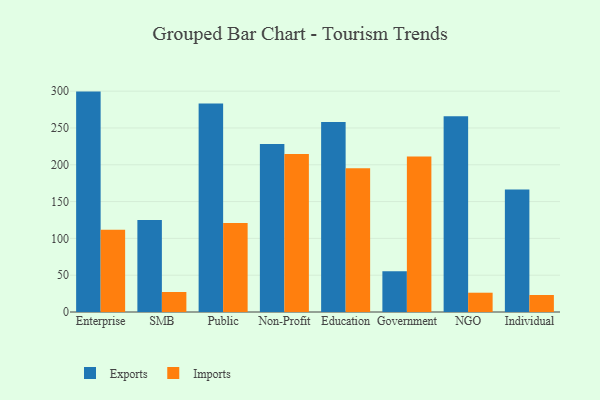
{"axis": {"x": "Segment", "y": "Conversion Rate (%)"}, "legend": ["Exports", "Imports"], "data": [{"x": "Enterprise", "y": 299.4, "type": "Exports"}, {"x": "Enterprise", "y": 111.6, "type": "Imports"}, {"x": "SMB", "y": 125.0, "type": "Exports"}, {"x": "SMB", "y": 27.2, "type": "Imports"}, {"x": "Public", "y": 283.3, "type": "Exports"}, {"x": "Public", "y": 120.8, "type": "Imports"}, {"x": "Non-Profit", "y": 228.1, "type": "Exports"}, {"x": "Non-Profit", "y": 214.5, "type": "Imports"}, {"x": "Education", "y": 258.2, "type": "Exports"}, {"x": "Education", "y": 195.2, "type": "Imports"}, {"x": "Government", "y": 55.2, "type": "Exports"}, {"x": "Government", "y": 211.2, "type": "Imports"}, {"x": "NGO", "y": 266.0, "type": "Exports"}, {"x": "NGO", "y": 26.2, "type": "Imports"}, {"x": "Individual", "y": 166.3, "type": "Exports"}, {"x": "Individual", "y": 23.1, "type": "Imports"}]}